Bombay plague: being a history of the progress of plague in the Bombay presidency from September 1896 to June 1899
Year: 1896
Disease focus: Plague
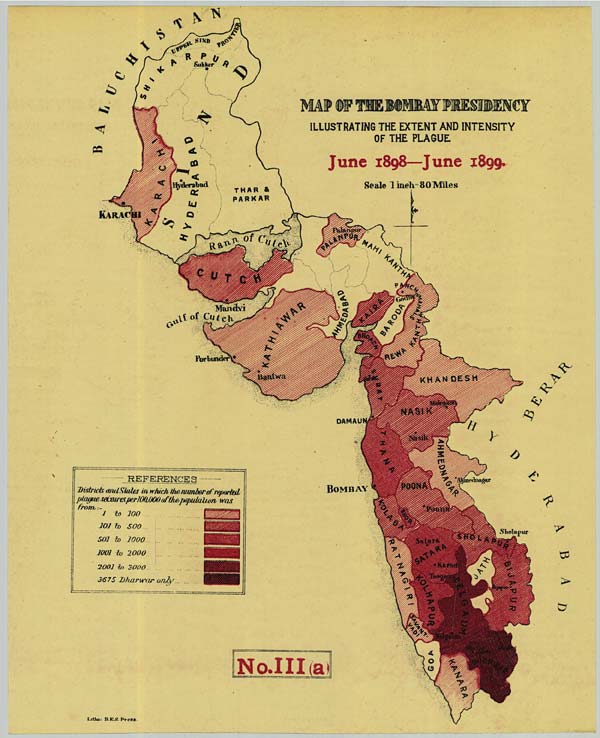
No.III (a)
Litho: B.E.S. Press.